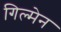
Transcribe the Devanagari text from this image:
गिल्मेन